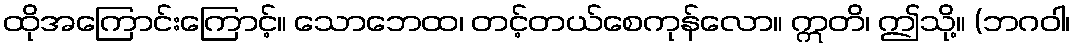
ထိုအကြောင်းကြောင့်။ သောဘေထ၊ တင့်တယ်စေကုန်လော။ ဣတိ၊ ဤသို့။ (ဘဂဝါ၊